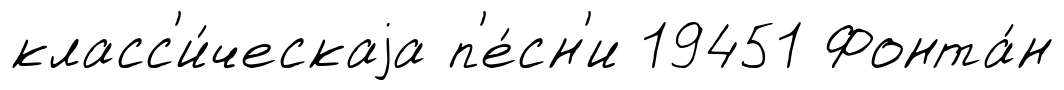
класс'и́ческаjа п'е́сн'и 19451 Фонта́н